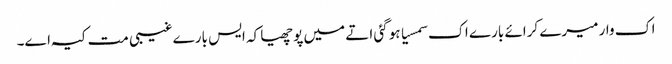
اک وار میرے کرائے بارے اک سمسیا ہو گئی اتے میں پوچھیا کہ ایس بارے غیبی مت کیہ اے۔